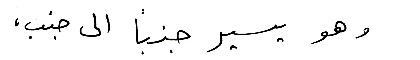
وهو يسير جنباً الى جنب،